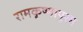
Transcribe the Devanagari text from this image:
रामकृष्णापुरम